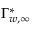
\Gamma _ { w , \infty } ^ { * }